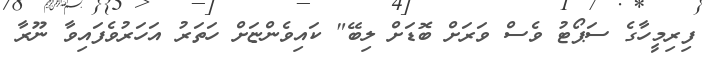
ފިރިމީހާގެ ސަޕޯޓު ވެސް ވަރަށް ބޮޑަށް ލިބޭ" ކައިވެންޏަށް ހަތަރު އަހަރުވެފައިވާ ނޫރާ